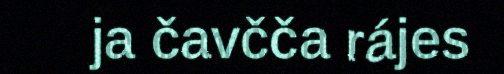
ja čavčča rájes